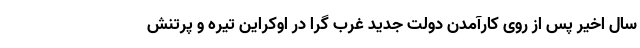
سال اخیر پس از روی کارآمدن دولت جدید غرب گرا در اوکراین تیره و پرتنش